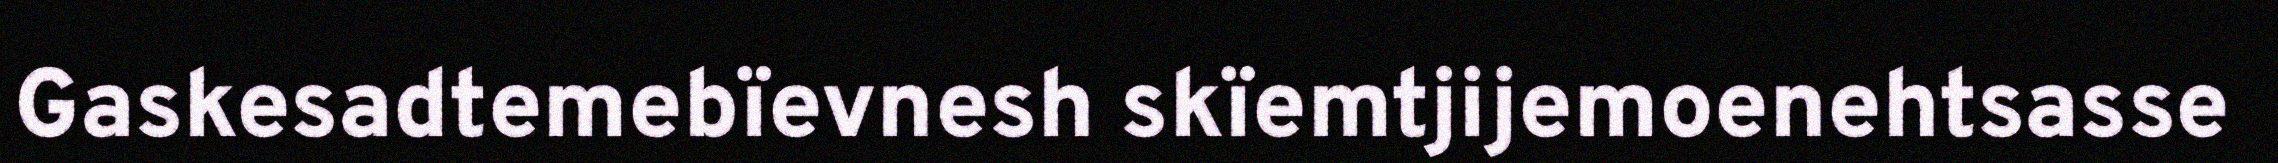
Gaskesadtemebïevnesh skïemtjijemoenehtsasse